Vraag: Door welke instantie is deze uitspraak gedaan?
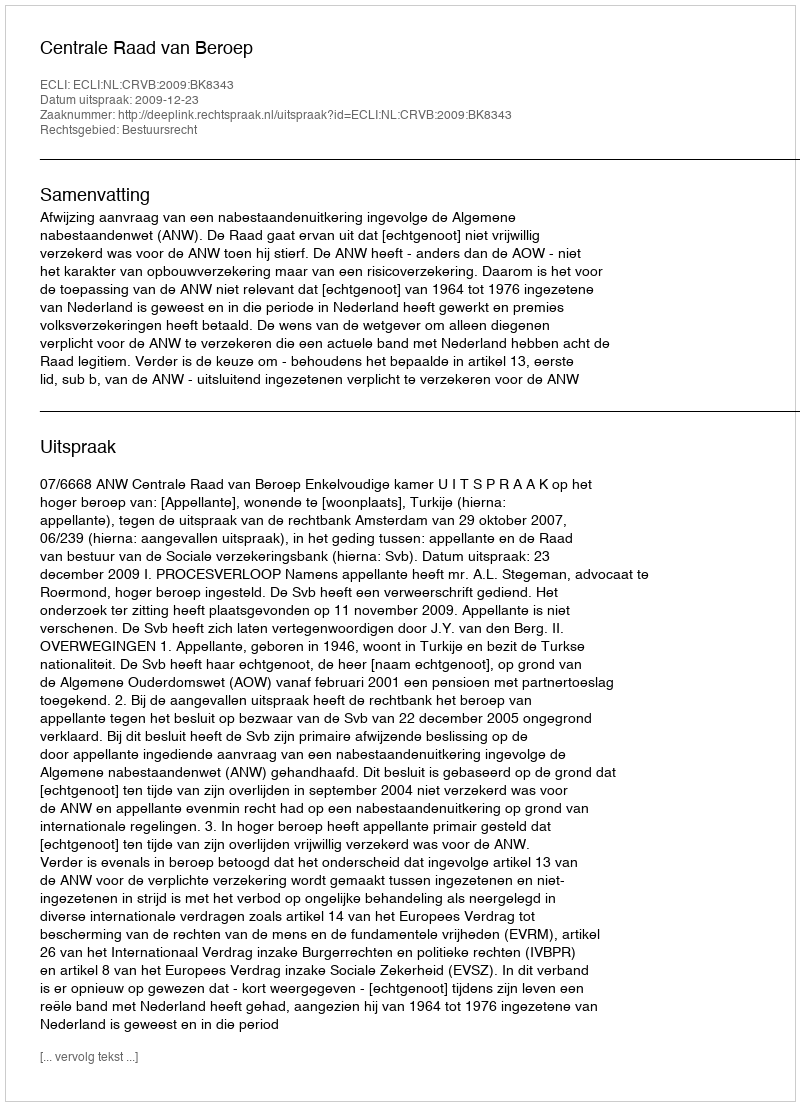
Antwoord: Centrale Raad van Beroep